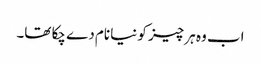
اب وہ ہر چیز کو نیا نام دے چکا تھا۔